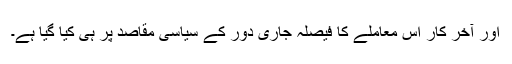
اور آخر کار اس معاملے کا فیصلہ جاری دور کے سیاسی مقاصد پر ہی کیا گیا ہے۔